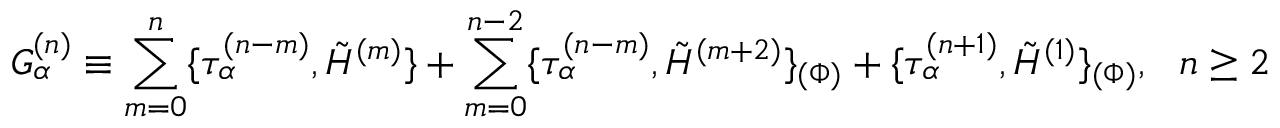
G _ { \alpha } ^ { ( n ) } \equiv \sum _ { m = 0 } ^ { n } \{ \tau _ { \alpha } ^ { ( n - m ) } , \tilde { H } ^ { ( m ) } \} + \sum _ { m = 0 } ^ { n - 2 } \{ \tau _ { \alpha } ^ { ( n - m ) } , \tilde { H } ^ { ( m + 2 ) } \} _ { ( \Phi ) } + \{ \tau _ { \alpha } ^ { ( n + 1 ) } , \tilde { H } ^ { ( 1 ) } \} _ { ( \Phi ) } , ~ ~ n \geq 2